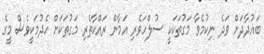
ބަޣުދާދަށް ވަދެ ނިކުމެވާ މަގުތަކަކީ ސުލްހަވެރި އަމާން ރައްކާތެރި މަގުތަކަށް ހެދުމަކީވެސް މީގެ